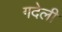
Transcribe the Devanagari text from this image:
गदेली